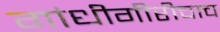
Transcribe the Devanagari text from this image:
गांधीगीरीचाच